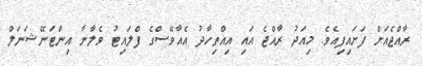
ރާއްޖެއަށް ފަށައިފިއެެވެ. މިއަދު ރާއްޖެ އައި އިއްތިހާދު އެއާވޭސްގެ ފްލައިޓު ވެލާނާ އިންޓަނޭޝަނަލް